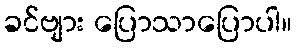
ခင်ဗျား ပြောသာပြောပါ။